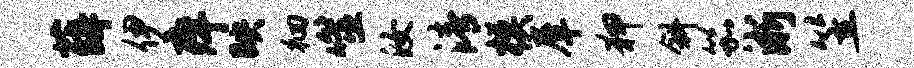
薛伊痒映徊噬汝清模犀狎斜笳淅笠